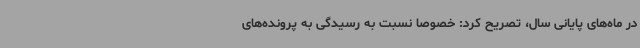
در ماه‌های پایانی سال، تصریح کرد: خصوصا نسبت به رسیدگی به پرونده‌های